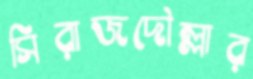
সিরাজদৌল্লার